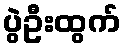
ပွဲဦးထွက်